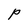
Character: P